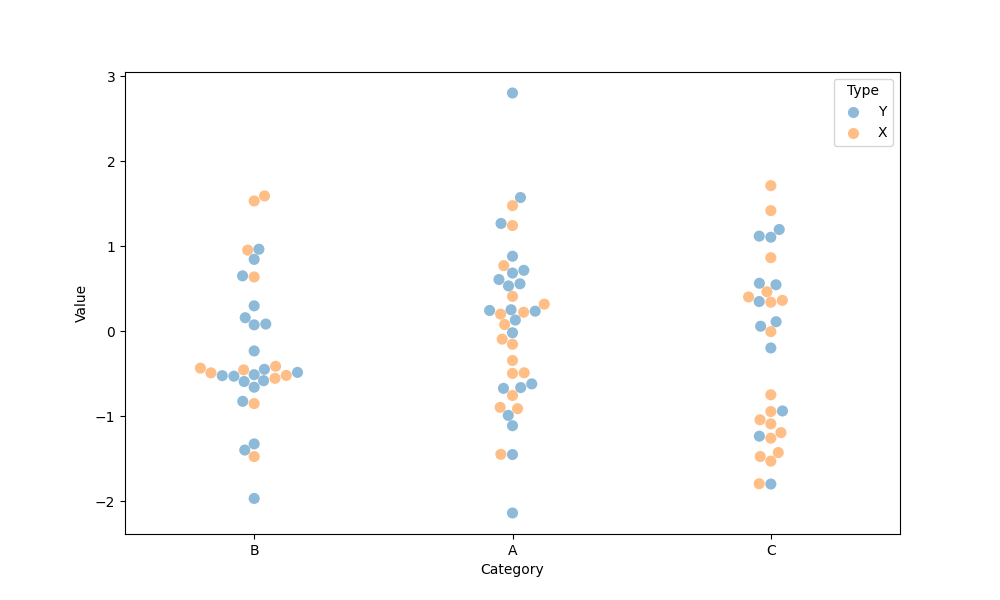
python, seaborn, swarmplot, dodge=False, alpha=0.5, size=8